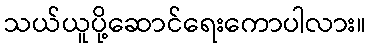
သယ်ယူပို့ဆောင်ရေးကောပါလား။